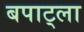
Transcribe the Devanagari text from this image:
बपाट्ला